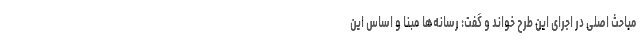
مباحث اصلی در اجرای این طرح خواند و گفت: رسانه‌ها مبنا و اساس این